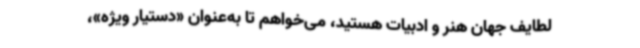
لطایف جهان هنر و ادبیات هستید، می‌خواهم تا به‌عنوان «دستیار ویژه»،